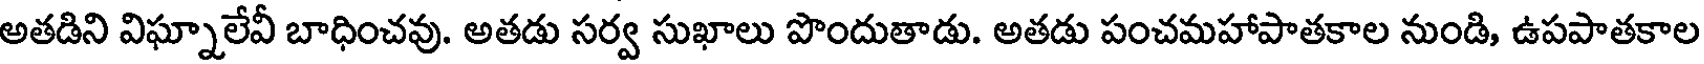
అతడిని విఘ్నాలేవీ బాధించవు. అతడు సర్వ సుఖాలు పొందుతాడు. అతడు పంచమహాపాతకాల నుండి, ఉపపాతకాల